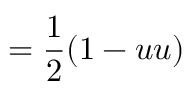
= { \frac { 1 } { 2 } } ( 1 - u u )